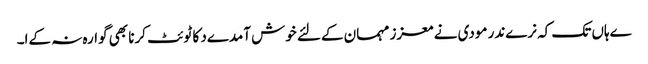
ےہاں تک کہ نرےندر مودی نے معزز مہمان کےلئے خوش آمدےد کا ٹوئٹ کرنا بھی گوارہ نہ کےا۔